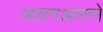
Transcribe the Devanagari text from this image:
जहानआराने